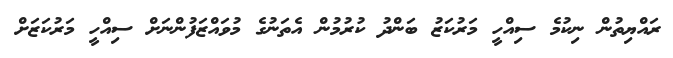
ރައްޔިތުން ނިކުމެ ސިއްހީ މަރުކަޒު ބަންދު ކުރުމުން އެތަނުގެ މުވައްޒަފުންނަށް ސިއްހީ މަރުކަޒަށް